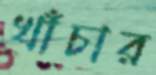
খাঁচার